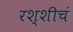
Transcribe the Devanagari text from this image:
रश्शीचं